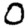
Digit: 0